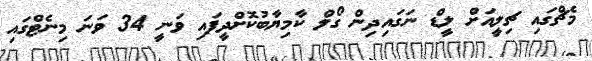
މެޗްގައި ޗިލީއަށް ލީޑް ނަގައިދިން ގޯލް ކާމިޔާބުކޮށްދީފައި ވަނީ 34 ވަނަ މިނެޓްގައި